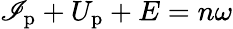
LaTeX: \mathscr{I}_{\mathrm{{p}}}+U_{\mathrm{{p}}}+E=n\omega